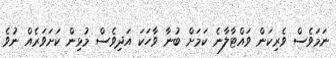
ނަމަވެސް ވެރިކަން ވައްޓާލާނެ ކަމަށް ބުނާ ވާހަކަ އަދިވެސް މުޅިން ކަށަވަރެއް ނުވެ